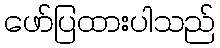
ဖော်ပြထားပါသည်